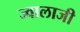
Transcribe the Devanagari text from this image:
ज्‍वालाजी